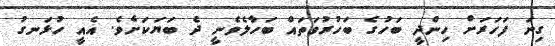
ގިނަ ފަހަރަށް ހިންދީ ބަހުގެ ބަހުރުވަތައް ބަހާލެވެނީ ދެ ބަޔަކަށެވެ. އެއީ ހުޅަނގު